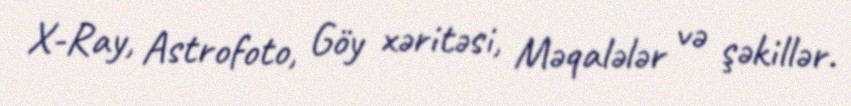
X-Ray, Astrofoto, Göy xəritəsi, Məqalələr və şəkillər.